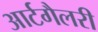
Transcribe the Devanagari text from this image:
आर्टगैलरी